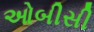
ઓબીસી